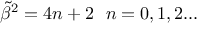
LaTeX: { \tilde { \beta } } ^ { 2 } = 4 n + 2 \ \ n = 0 , 1 , 2 . . .